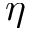
\eta